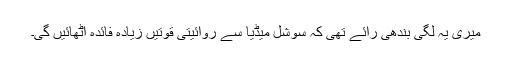
میری یہ لگی بندھی رائے تھی کہ سوشل میڈیا سے روائیتی قوتیں زیادہ فائدہ اٹھائیں گی۔